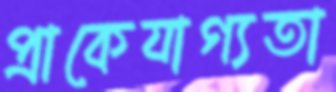
প্রাকেযাগ্যতা